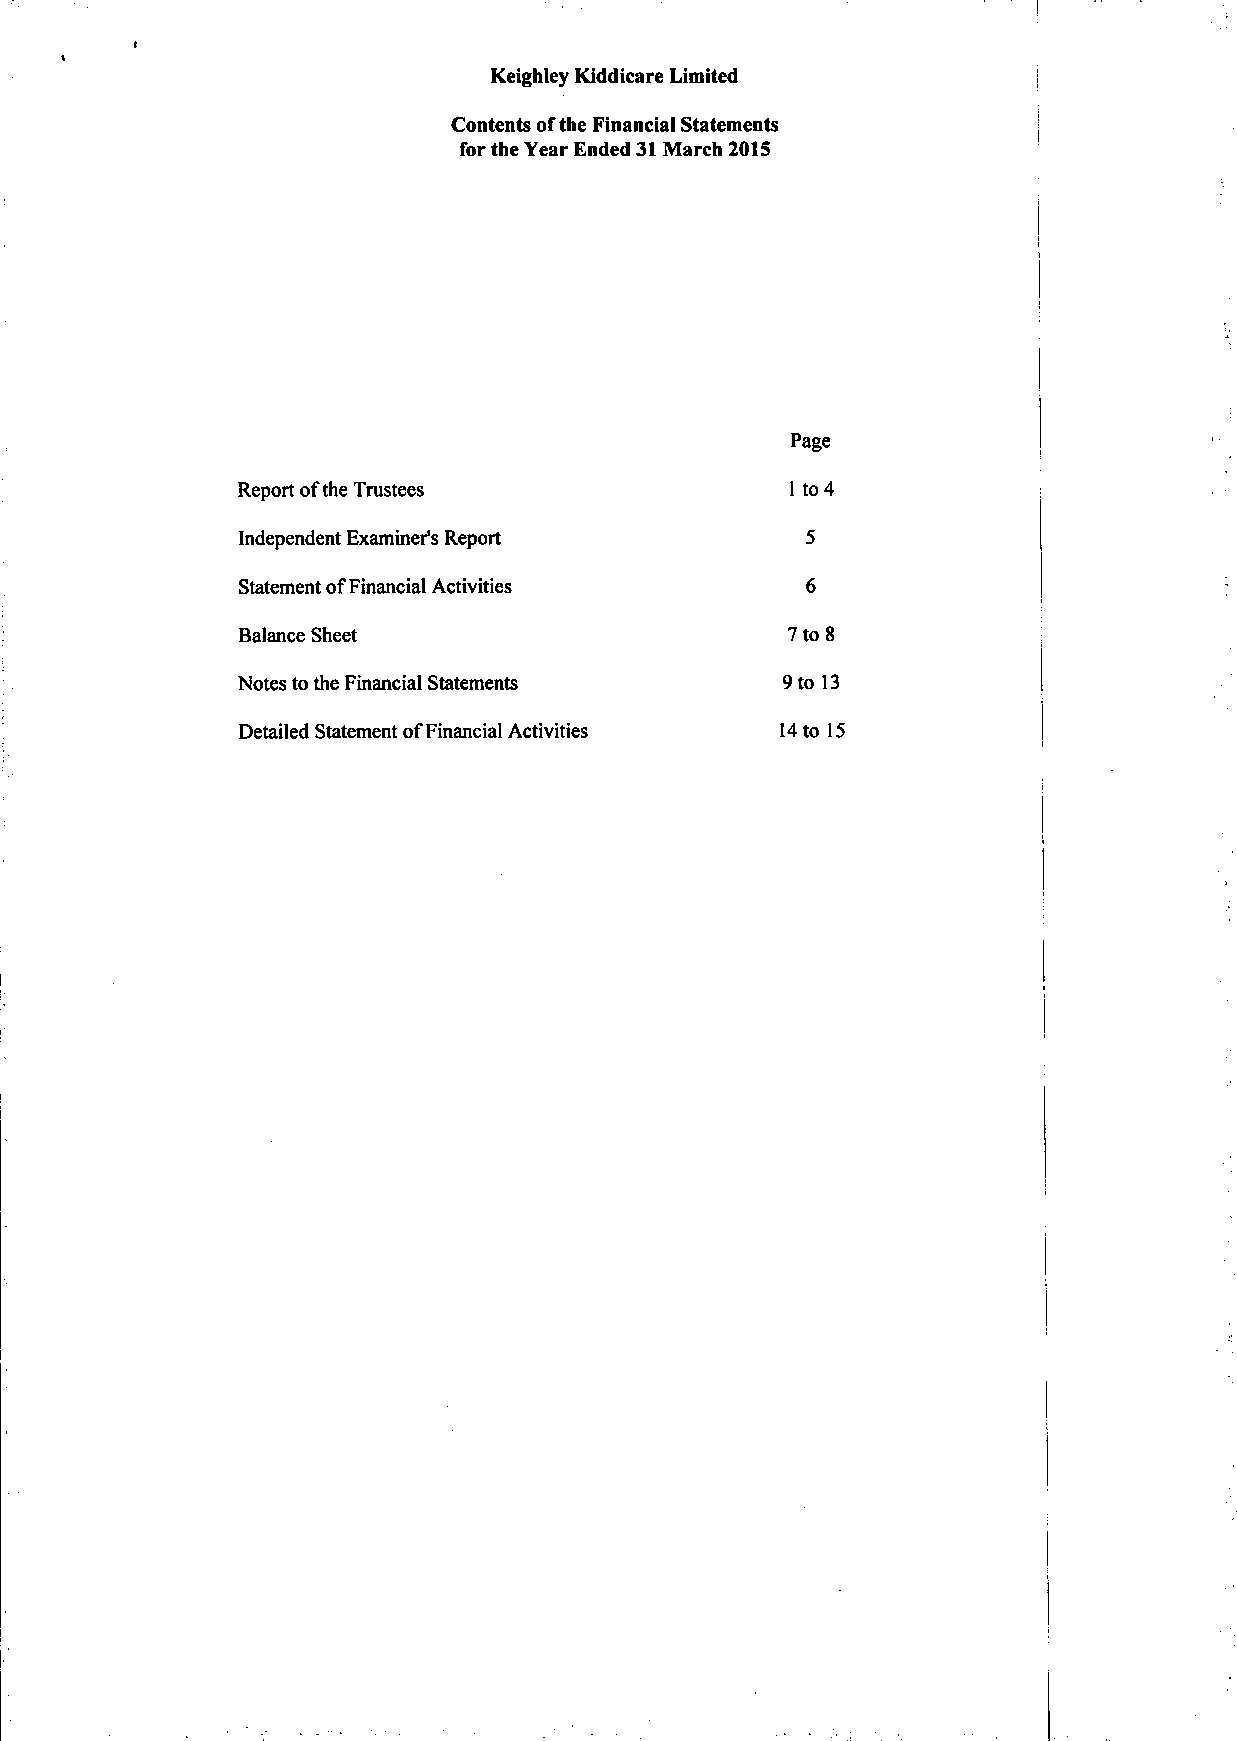
Keighley Kiddicare Limited
 Contents of the Financial Statements
 for the Year Ended 31 March 2015
 Page
 Report of the Trustees               1 to 4
 Independent Examiner's Report         5
 Statement of Financial Activities     6
 Balance Sheet                       7 to 8
 Notes to the Financial Statements    9 to 13
 Detailed Statement of Financial Activities 14 to 15